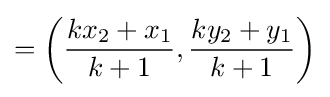
=\left({\frac {kx_{2}+x_{1}}{k+1}},{\frac {ky_{2}+y_{1}}{k+1}}\right)